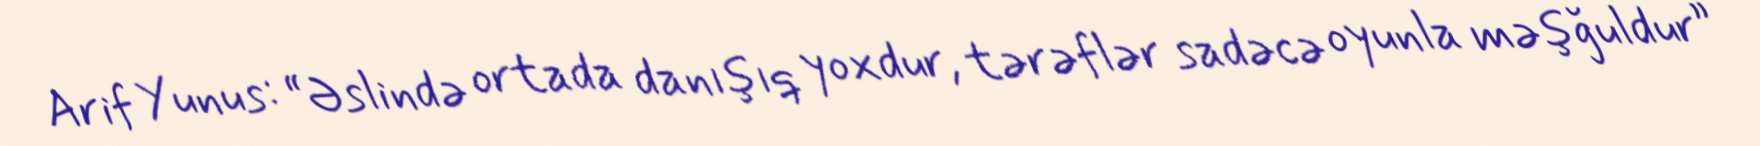
Arif Yunus: “Əslində ortada danışıq yoxdur, tərəflər sadəcə oyunla məşğuldur”